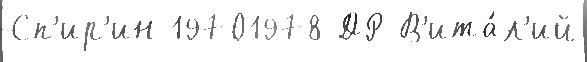
Сп'ир'ин 19701978 ДР В'ита́л'ий